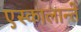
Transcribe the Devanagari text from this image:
एस्कालान्ते